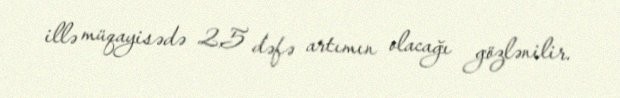
illə müqayisədə 2,5 dəfə artımın olacağı gözlənilir.